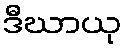
ဒီဃာယု